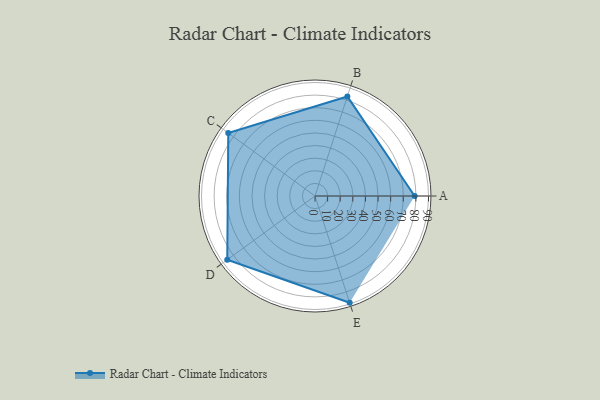
{"axis": {"x": "Skill", "y": "Score"}, "legend": ["Profile"], "data": [{"x": "A", "y": 79.0, "type": "Profile"}, {"x": "B", "y": 83.0, "type": "Profile"}, {"x": "C", "y": 85.0, "type": "Profile"}, {"x": "D", "y": 86.0, "type": "Profile"}, {"x": "E", "y": 89.0, "type": "Profile"}]}